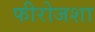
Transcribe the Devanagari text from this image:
फीरोजशा